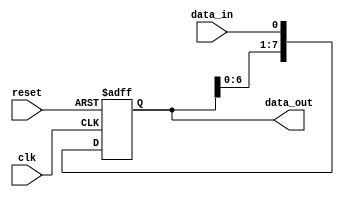
module sipo_shift_register (
    input wire clk,
    input wire reset,
    input wire data_in,
    output reg [N-1:0] data_out
);

parameter N = 8; // Number of flip-flops in the shift register

reg [N-1:0] reg_data; // Register to store the data

always @ (posedge clk or posedge reset) begin
    if (reset) begin
        reg_data <= 0; // Reset register data
    end else begin
        reg_data <= {reg_data[N-2:0], data_in}; // Shift data in
    end
end

assign data_out = reg_data;

endmodule